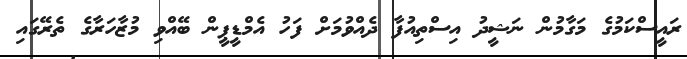
ރައީސްކަމުގެ މަގާމުން ނަޝީދު އިސްތިއުފާ ދެއްވުމަށް ފަހު އެމްޑީޕީން ބޭއްވި މުޒާހަރާގެ ތެރޭގައި